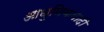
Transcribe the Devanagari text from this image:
आधुनिकवादी